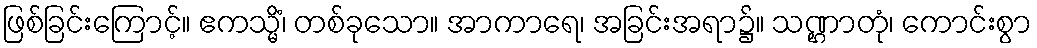
ဖြစ်ခြင်းကြောင့်။ ဧကသ္မိံ၊ တစ်ခုသော။ အာကာရေ၊ အခြင်းအရာ၌။ သဏ္ဌာတုံ၊ ကောင်းစွာ